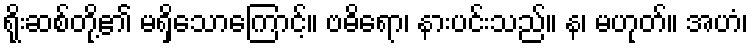
ရိုးဆစ်တို့၏ မရှိသောကြောင့်။ ဗဓိရော၊ နားပင်းသည်။ န၊ မဟုတ်။ အဟံ၊